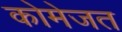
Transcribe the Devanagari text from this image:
कोमेजत